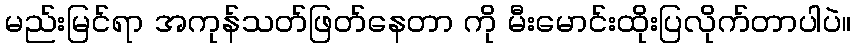
မည်းမြင်ရာ အကုန်သတ်ဖြတ်နေတာ ကို မီးမောင်းထိုးပြလိုက်တာပါပဲ။